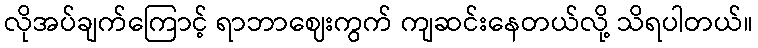
လိုအပ်ချက်ကြောင့် ရာဘာဈေးကွက် ကျဆင်းနေတယ်လို့ သိရပါတယ်။